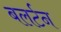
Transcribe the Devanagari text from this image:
बलर्टन